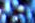
شقية